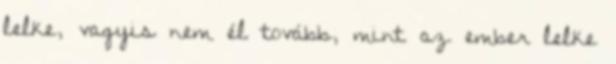
lelke, vagyis nem él tovább, mint az ember lelke